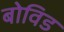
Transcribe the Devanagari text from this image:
बोविड